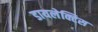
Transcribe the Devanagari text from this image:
डायलेक्टिस